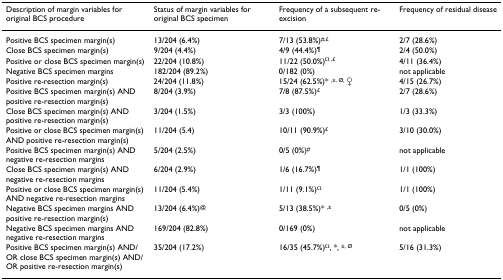
| Description of margin variables for original BCS procedure | Status of margin variables for original BCS specimen | Frequency of a subsequent re-excision | Frequency of residual disease |
 | --- | --- | --- | --- |
 | Positive BCS specimen margin(s) | 13/204 (6.4%) | 7/13 (53.8%)#,£ | 2/7 (28.6%) |
 | Close BCS specimen margin(s) | 9/204 (4.4%) | 4/9 (44.4%)¶ | 2/4 (50.0%) |
 | Positive or close BCS specimen margin(s) | 22/204 (10.8%) | 11/22 (50.0%)Ω ,£ | 4/11 (36.4%) |
 | Negative BCS specimen margins | 182/204 (89.2%) | 0/182 (0%) | not applicable |
 | Positive re-resection margin(s) | 24/204 (11.8%) | 15/24 (62.5%)* ,±, Ø, ♀ | 4/15 (26.7%) |
 | Positive BCS specimen margin(s) AND positive re-resection margin(s) | 8/204 (3.9%) | 7/8 (87.5%)£ | 2/7 (28.6%) |
 | Close BCS specimen margin(s) AND positive re-resection margin(s) | 3/204 (1.5%) | 3/3 (100%) | 1/3 (33.3%) |
 | Positive or close BCS specimen margin(s) AND positive re-resection margin(s) | 11/204 (5.4) | 10/11 (90.9%)£ | 3/10 (30.0%) |
 | Positive BCS specimen margin(s) AND negative re-resection margins | 5/204 (2.5%) | 0/5 (0%)# | not applicable |
 | Close BCS specimen margin(s) AND negative re-resection margins | 6/204 (2.9%) | 1/6 (16.7%)¶ | 1/1 (100%) |
 | Positive or close BCS specimen margin(s) AND negative re-resection margins | 11/204 (5.4%) | 1/11 (9.1%)Ω | 1/1 (100%) |
 | Negative BCS specimen margins AND positive re-resection margin(s) | 13/204 (6.4%)@ | 5/13 (38.5%)* ,± | 0/5 (0%) |
 | Negative BCS specimen margins AND negative re-resection margins | 169/204 (82.8%) | 0/169 (0%) | not applicable |
 | Positive BCS specimen margin(s) AND/OR close BCS specimen margin(s) AND/OR positive re-resection margin(s) | 35/204 (17.2%) | 16/35 (45.7%)Ω, *, ±, Ø | 5/16 (31.3%) |